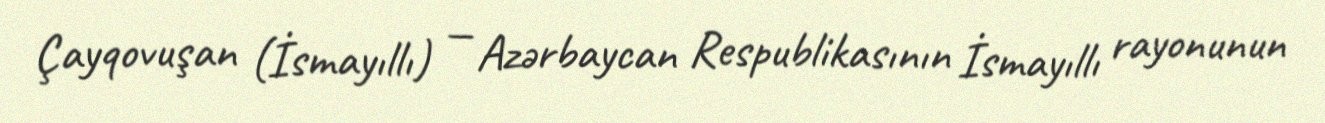
Çayqovuşan (İsmayıllı) — Azərbaycan Respublikasının İsmayıllı rayonunun